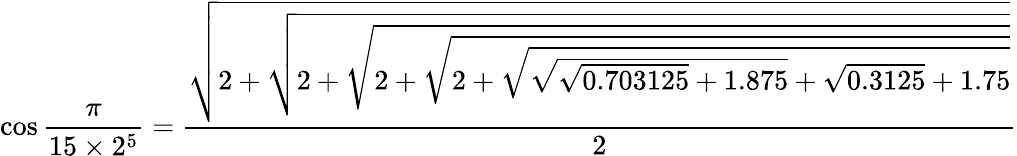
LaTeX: \cos{\frac{\pi}{15\times 2^{5}}}={\frac{\sqrt{2+{\sqrt{2+{\sqrt{2+{\sqrt{2+{\sqrt{{\sqrt{{\sqrt{0.703125}}+1.875}}+{\sqrt{0.3125}}+1.75}}}}}}}}}}{2}}